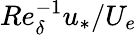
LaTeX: Re_{\delta}^{-1}u_{*}/U_{e}